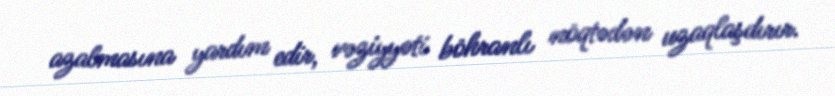
azalmasına yardım edir, vəziyyəti böhranlı nöqtədən uzaqlaşdırır.